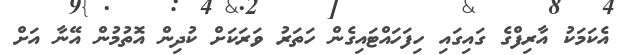
އެކަމަކު އާރިފްގެ ގައިގައި ހިފަހައްޓައިގެން ހަތަރު ވަރަކަށް ކުދިން އޮތުމުން އޭނާ އަށް